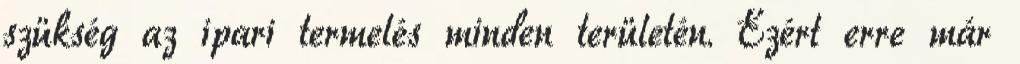
szükség az ipari termelés minden területén. Ezért erre már